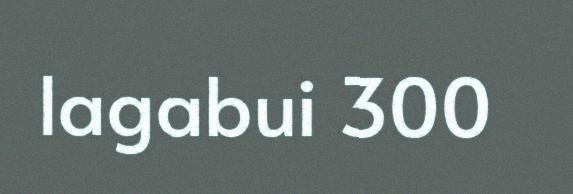
lagabui 300